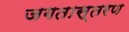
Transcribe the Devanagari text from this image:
जगतास्तरण